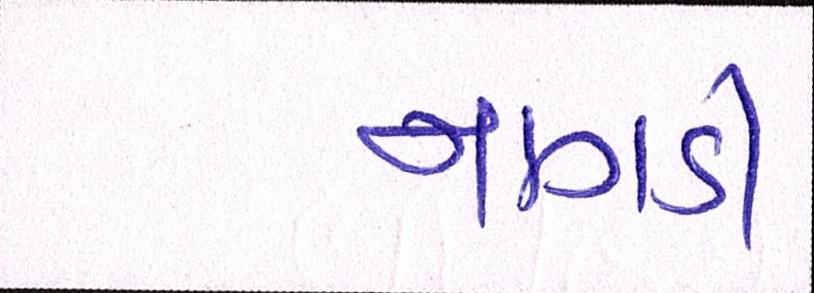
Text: નાગડી